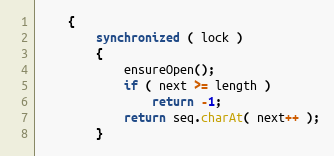
Language: Java
    {
        synchronized ( lock )
        {
            ensureOpen();
            if ( next >= length )
                return -1;
            return seq.charAt( next++ );
        }